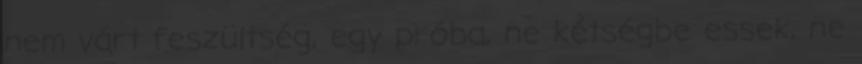
nem várt feszültség, egy próba, ne kétségbe essek, ne